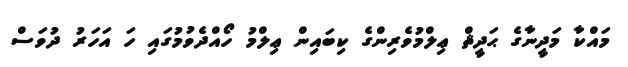
މައްކާ މަދީނާގެ ޙަދީޘް ޢިިލްމުވެރިންގެ ކިބައިން ޢިލްމު ހޯއްދެވުމުގައި ހަ އަހަރު ދުވަސް